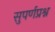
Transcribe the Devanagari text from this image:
सुपर्णप्रश्न